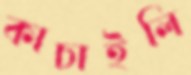
কাচাইলি